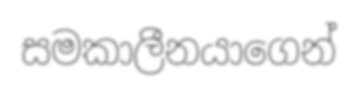
සමකාලීනයාගෙන්